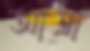
আত্রা